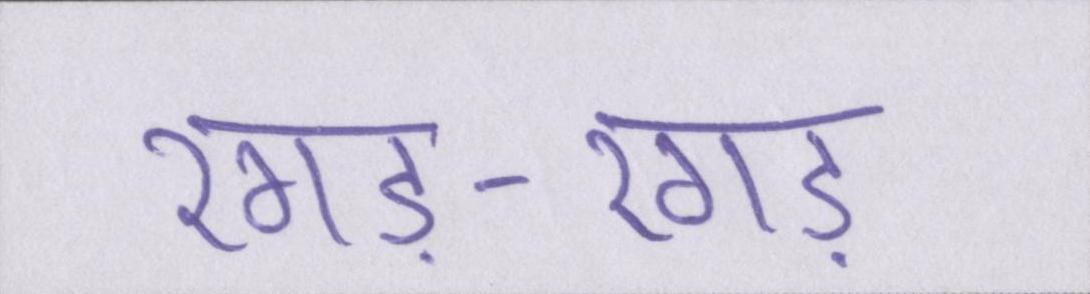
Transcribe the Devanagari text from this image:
रगड़-रगड़